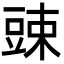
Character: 䜹